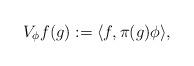
LaTeX: \begin{align*}V_{\phi} f(g) := \langle f, \pi(g)\phi \rangle,\end{align*}